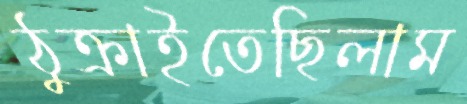
ঠুক্‌রাইতেছিলাম